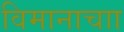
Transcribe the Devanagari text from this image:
विमानाचाा